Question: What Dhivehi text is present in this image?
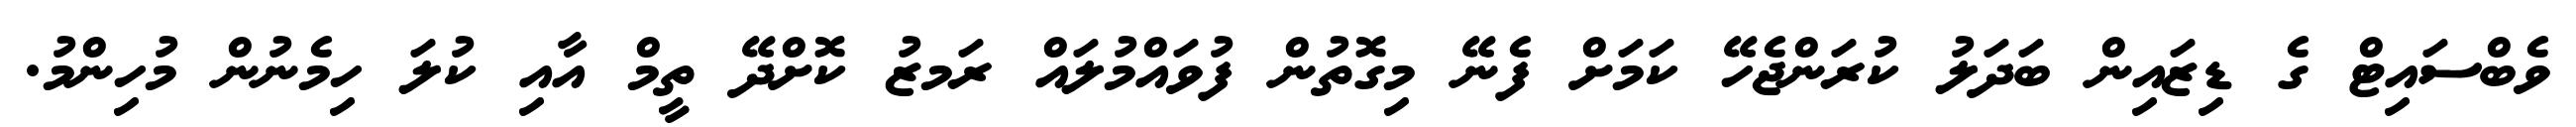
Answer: ވެބްސައިޓް ގެ ޑިޒައިން ބަދަލު ކުރަންޖެހޭ ކަމަށް ފެނޭ މިގޮތުން ފުވައްމުލައް ރަމޒު ކޮށްދޭ ތީމް އާއި ކުލަ ހިމެނުން މުހިންމު.